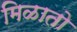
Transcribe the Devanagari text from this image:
मिळातो